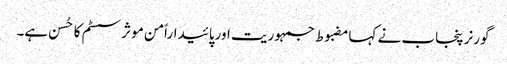
گورنر پنجاب نے کہامضبوط جمہوریت اورپائیداراًمن موثر سسٹم کا حُسن ہے۔